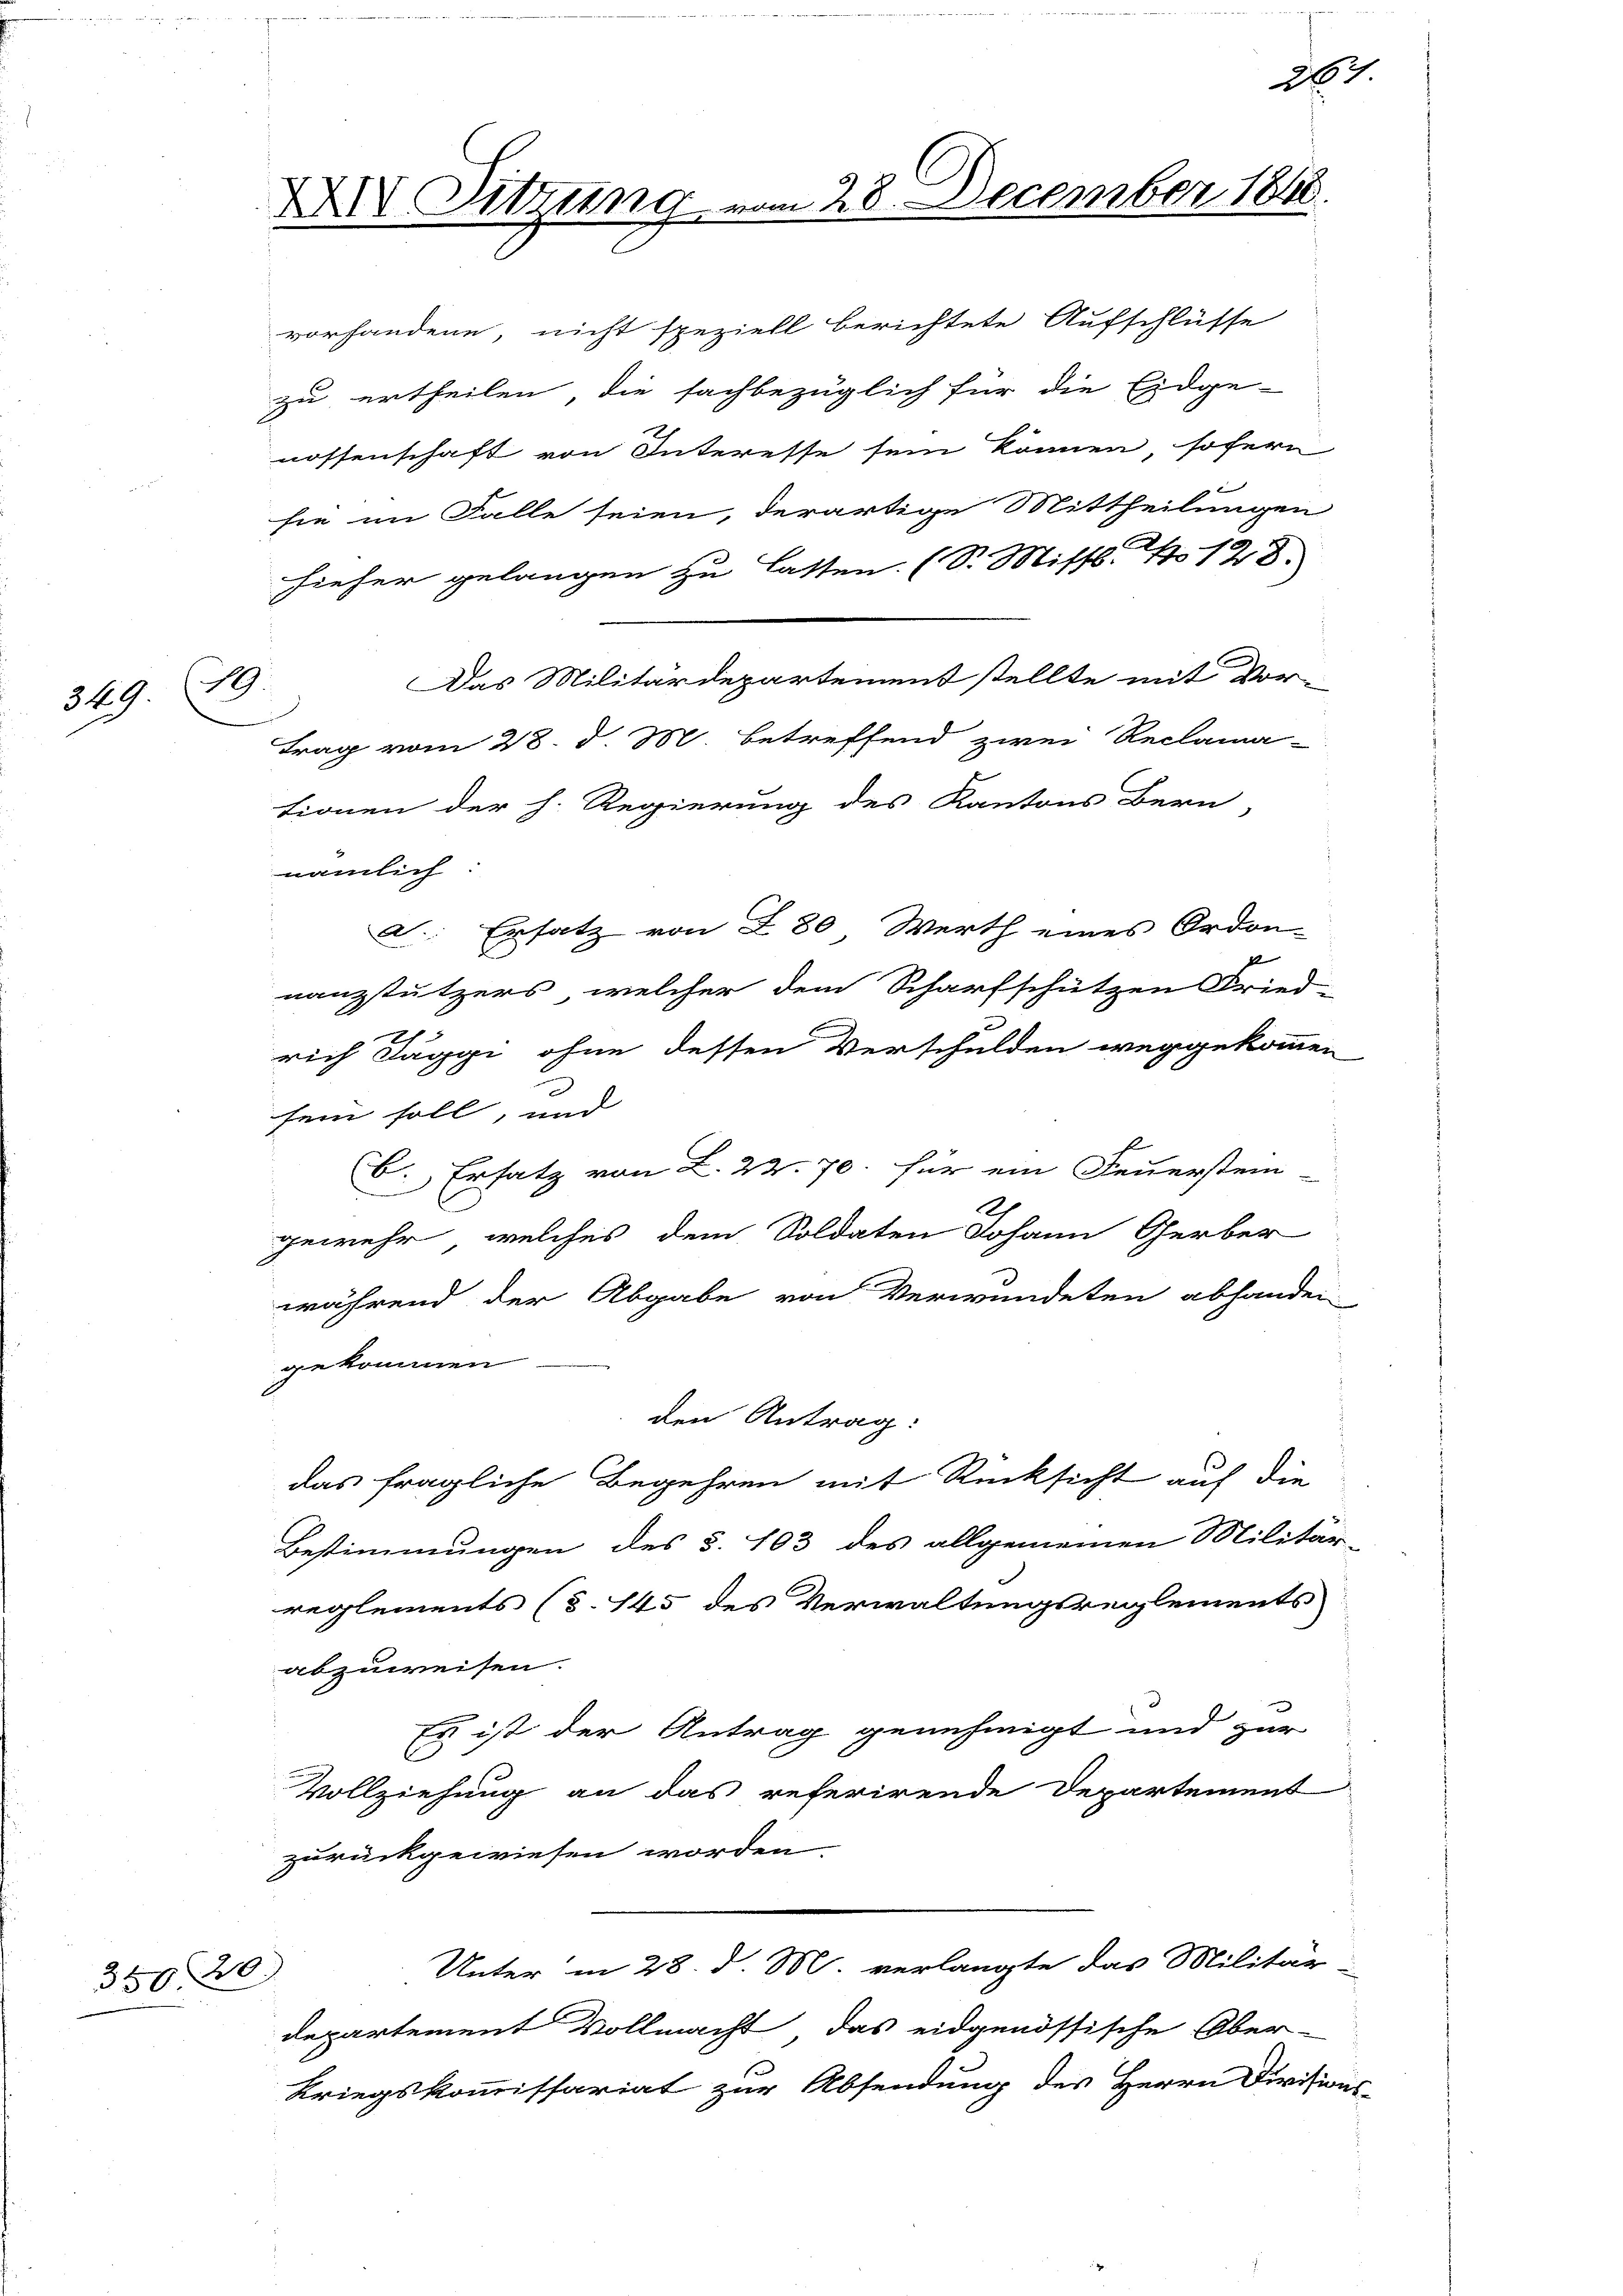
349.

34620)

19.

XXIV. Sitzung vom 28. December 1848

vorhandene, nicht speziell berichtete Aufschlüsse
zu ertheilen, die sachbezüglich für die Eidge-
nossenschaft von Interesse sein können sofern
sie im Falle seien, derartige Mittheilungen
hieher gelangen zu lasten. (S. Missb. No 128.
Das Militärdepartement stellte mit Vor-
tionen der h. Regierung des Kantons Bern,
nämlich
: Ersatz von 280 Werth eines Ordon-
nanzstützers, welcher dem Scharfschützen Fried-
2
rich Taggi ohne dessen Verschulden weggekommen
sein soll, und
6. Ersatz von L. 22. 70. für ein Feuerstein-
gewehr, welches dem Soldaten Johann Gerber
während der Abgabe von Verwundeten abhander
gekommen.
den Antrag:
das fragliche Begehren mit Rücksicht auf die
Bestimmungen des §. 103 des allgemeinen Militär-
reglements (§. 145 des Verwaltungsreglements
abzuweisen.
Es ist der Antrag genehmigt und zur
l
Vollziehung an das referirende Departement
zurückgewiesen worden.
Unter in 28. d. M. verlangte das Militär-
departement Vollmacht, das eidgenössische Ober-
Kriegskommissariat zur Absendung des Herrn Divisions-

trag vom 28. d. M. betreffend zwei Reclama-

267

.